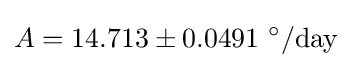
A=14.713\pm 0.0491\ ^{\circ }/{\text{day}}